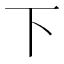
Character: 下